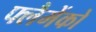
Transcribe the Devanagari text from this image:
फ्लैमेंको